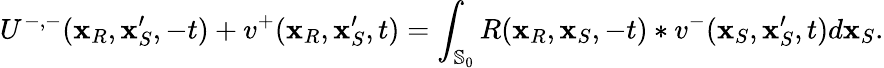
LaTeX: U^{-,-}(\mathbf{x}_{R},\mathbf{x}_{S}^{\prime},-t)+v^{+}(\mathbf{x}_{R},\mathbf{x}_{S}^{\prime},t)=\int_{\mathbb{S}_{0}}R(\mathbf{x}_{R},\mathbf{x}_{S},-t)*v^{-}(\mathbf{x}_{S},\mathbf{x}_{S}^{\prime},t)d\mathbf{x}_{S}.